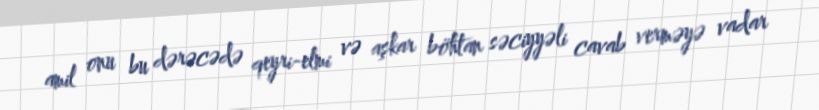
amil onu bu dərəcədə qeyri-elmi və aşkar böhtan səciyyəli cavab verməyə vadar